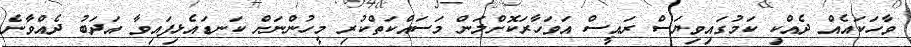
ވާހަކައެއް ދެއްކި ކަމުގައިވިޔަސް ރައީސް އަވަހާރަކޮށްލަން މަސައްކަތްކުރި މީހުންނަށް ކަނޑައެޅިފައިވާ އަދަބު ދެއްވާނެ